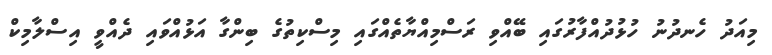
މިއަދު ހެނދުނު ހުޅުދުއްފާރުގައި ބޭއްވި ރަސްމިއްޔާތެއްގައި މިސްކިތުގެ ބިންގާ އަޅުއްވައި ދެއްވީ އިސްލާމިކް